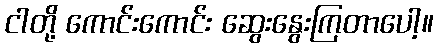
ငါတို့ ကောင်းကောင်း ဆွေးနွေးကြတာပေါ့။